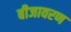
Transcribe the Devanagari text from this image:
बीजावरण